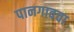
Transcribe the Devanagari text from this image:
पानगावचा